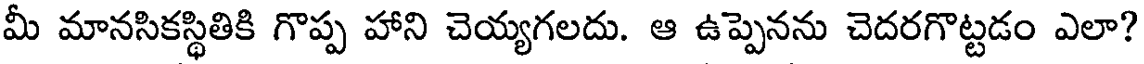
మీ మానసికస్థితికి గొప్ప హాని చెయ్యగలదు. ఆ ఉప్పెనను చెదరగొట్టడం ఎలా?